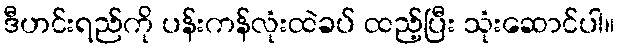
ဒီဟင်းရည်ကို ပန်းကန်လုံးထဲခပ် ထည့်ပြီး သုံးဆောင်ပါ။